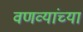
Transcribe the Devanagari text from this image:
वणव्यांच्या